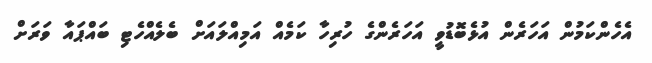
އެހެންކަމުން އަހަރެން އުޅެބޮޑުވީ އަހަރެންގެ ހުރިހާ ކަމެއް އަމިއްލައަށް ބެލެއްހެޓި ބައްޕައާ ވަރަށް